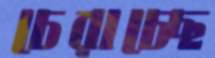
চেরাচ্ছে